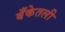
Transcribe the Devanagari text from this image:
बँकेतली